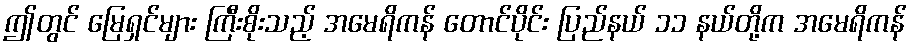
ဤတွင် မြေရှင်များ ကြီးစိုးသည့် အမေရိကန် တောင်ပိုင်း ပြည်နယ် ၁၁ နယ်တို့က အမေရိကန်